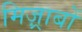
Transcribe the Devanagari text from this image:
मिज़्राबों